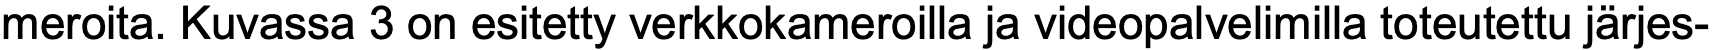
meroita. Kuvassa 3 on esitetty verkkokameroilla ja videopalvelimilla toteutettu järjes-